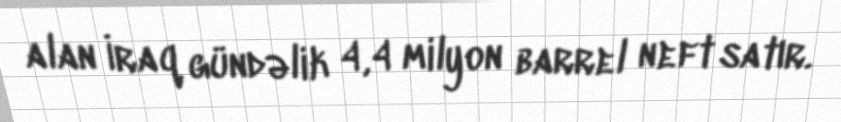
alan İraq gündəlik 4,4 milyon barrel neft satır.